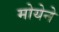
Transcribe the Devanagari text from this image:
मोयेने